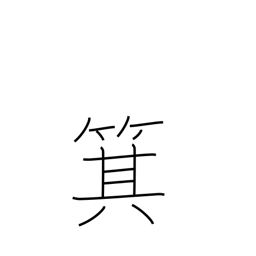
Meaning: winnowing